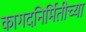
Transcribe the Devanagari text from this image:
कागदनिर्मितीच्या